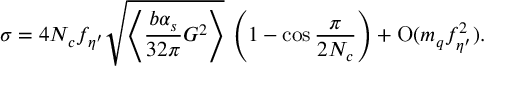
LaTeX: \sigma = 4 N _ { c } f _ { \eta ^ { \prime } } \sqrt { \left\langle \frac { b \alpha _ { s } } { 3 2 \pi } G ^ { 2 } \right\rangle } \, \left( 1 - \cos \frac { \pi } { 2 N _ { c } } \right) + \mathrm { O } ( m _ { q } f _ { \eta ^ { \prime } } ^ { 2 } ) .